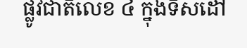
ផ្លូវជាតិលេខ ៤ ក្នុងទិសដៅ